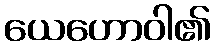
ယေဟောဝါ၏